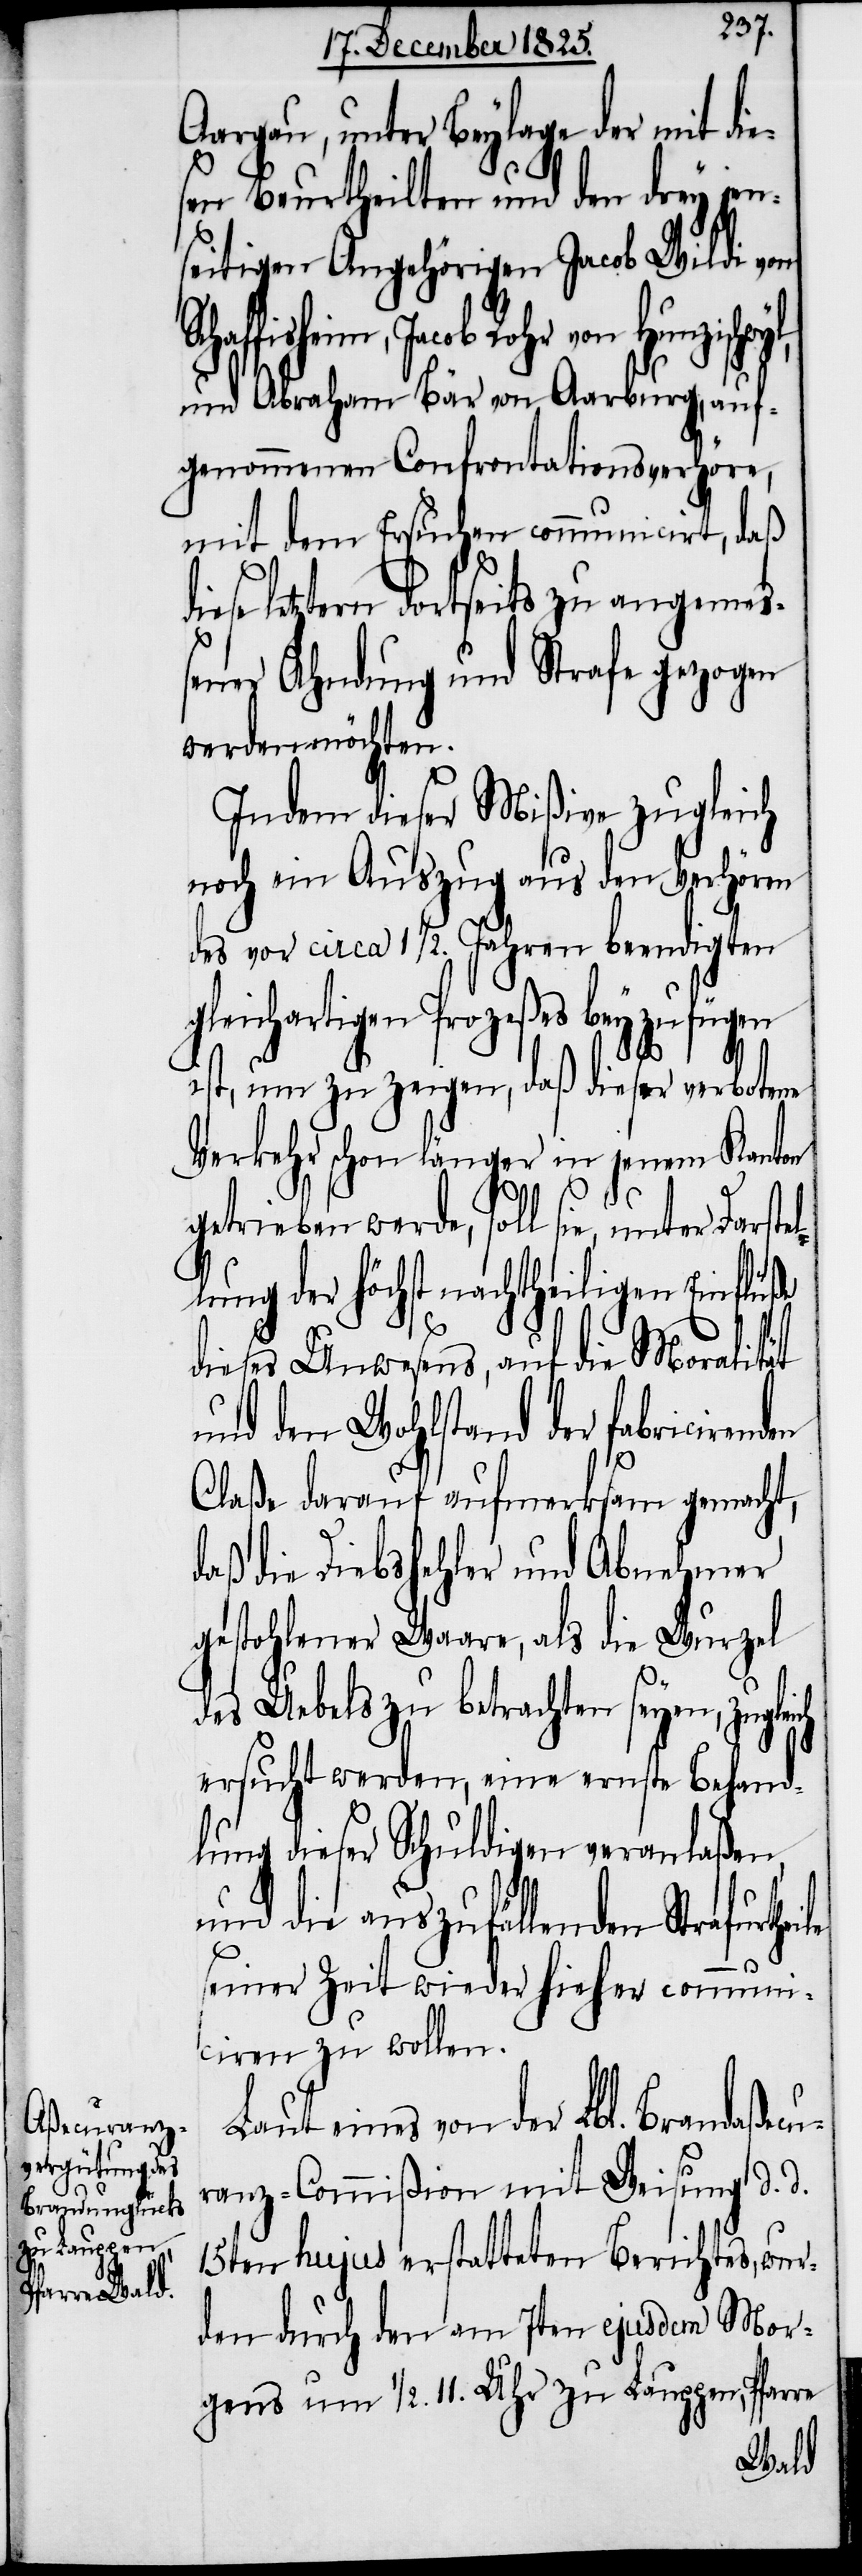
Darstel¬

Aargau, unter Beylage der mit die¬
sen Beurtheilten und den drey jen¬
seitigen Angehörigen Jacob Wildi von
bl. Brandaßecu¬
und Abraham Bär von Aarburg, auf¬
genommenen Confrontationsverhöre,
mit dem Ersuchen communicirt, daß
letztern dortseits zu angemeß¬
ener Ahndung und Strafe gezogen
werden möchten.
Indem dieser Mißive zugleich
noch ein Auszug aus den Verhören
des vor circa 1 1/2. Jahren beendigten
gleichartigen Prozeßes bey zufügen
ist, um zu zeigen, daß dieser verbotene
Verkehr schon länger in jenem Kanton
getrieben werde, soll sie, unter
lung der höchst nachtheiligen Einflüße
dieses Unwesens, auf die Moralität
und den Wohlstand der fabricirenden
Claße darauf aufmerksam gemacht,
daß die Diebshehler und Abnehmer
gestohlener Waare, als die Wurzel
des Uebels zu betrachten seyen, zugleich
ersucht werden, eine ernste Behand¬
lung dieser Schuldigen veranlaßen,
und die auszufällenden Strafurthe¬
seiner Zeit wieder hieher communi¬
ciren zu wollen.
ranz-Commißion mit Weisung d. d.
15ten hujus erstatteten Berichtes, wur¬
den durch den am 7ten ejusdem Mor¬
gens um 1/2. 11. Uhr zu Lauppen, Pfarre
ile